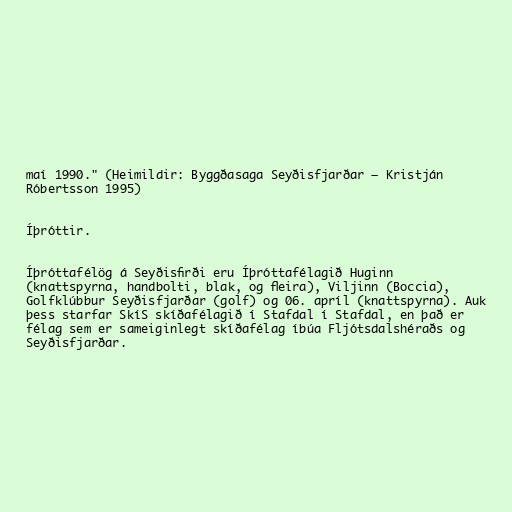
maí 1990." (Heimildir: Byggðasaga Seyðisfjarðar – Kristján
Róbertsson 1995)

Íþróttir.

Íþróttafélög á Seyðisfirði eru Íþróttafélagið Huginn
(knattspyrna, handbolti, blak, og fleira), Viljinn (Boccia),
Golfklúbbur Seyðisfjarðar (golf) og 06. apríl (knattspyrna). Auk
þess starfar SkíS skíðafélagið í Stafdal í Stafdal, en það er
félag sem er sameiginlegt skíðafélag íbúa Fljótsdalshéraðs og
Seyðisfjarðar.